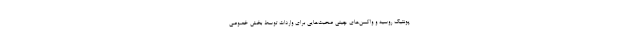
پونتیک روسیه و واکسن‌های چینی صحبت‌هایی برای واردات توسط بخش خصوصی